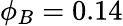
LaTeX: \phi_{B}=0.14